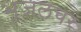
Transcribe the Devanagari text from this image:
भूजलचर